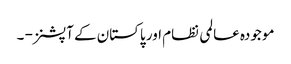
موجودہ عالمی نظام اور پاکستان کے آپشنز - ۔